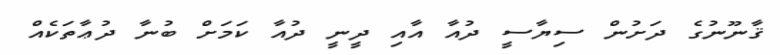
ޤާނޫނުގެ ދަށުން ސިޔާސީ ދުއާ އާއި ދީނީ ދުއާ ކަމަށް ބުނާ ދުޢާތަކެއް